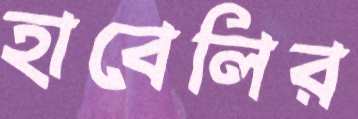
হাবেলির